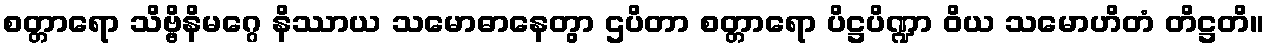
စတ္တာရော သိဗ္ဗိနိမဂ္ဂေ နိဿာယ သမောဓာနေတွာ ဌပိတာ စတ္တာရော ပိဋ္ဌပိဏ္ဍာ ဝိယ သမောဟိတံ တိဋ္ဌတိ။